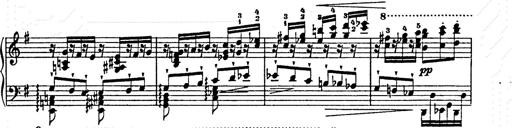
Title: Ab irato
Composer: Franz Liszt